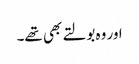
اور وہ بولتے بھی تھے۔